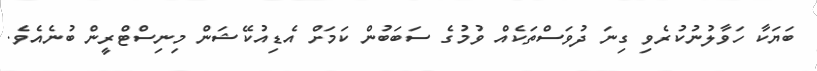
ބަޔަކާ ހަވާލުނުކުރެވި ގިނަ ދުވަސްތަކެއް ވުމުގެ ސަބަބުން ކަމަށް އެޑިއުކޭޝަން މިނިސްޓްރީން ބުނެއެވެ.